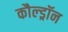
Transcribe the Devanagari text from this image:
कौल्ड्रॉन